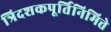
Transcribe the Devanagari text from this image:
त्रिदशकपूर्तिनिमित्ते